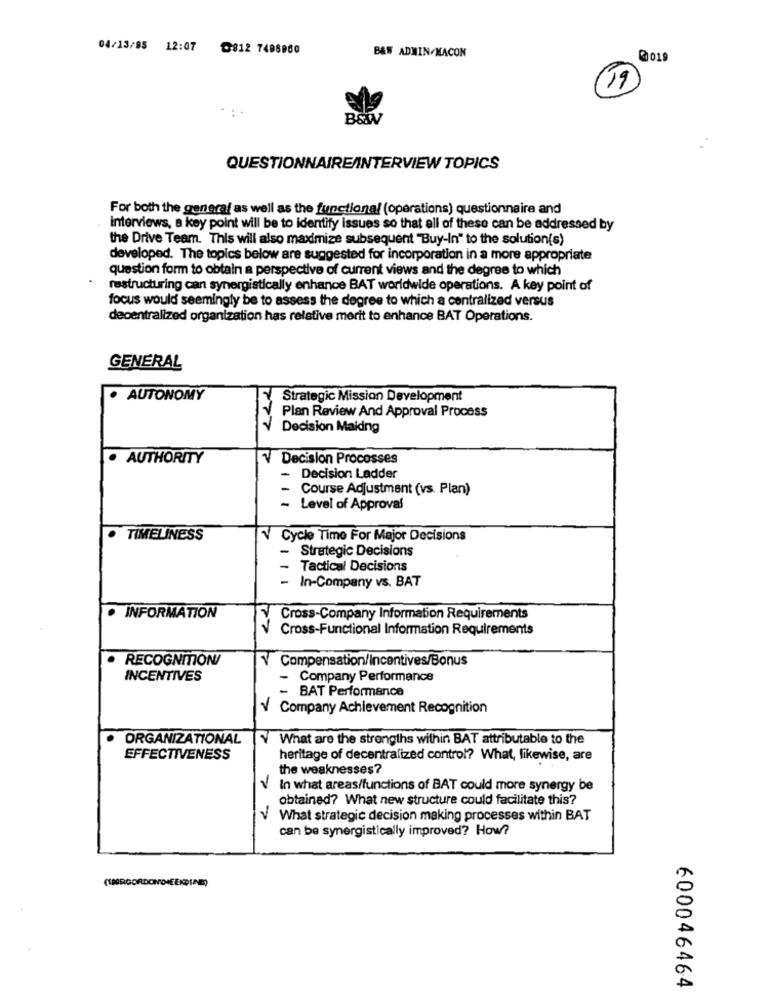
04/13/95 12:07 0812 7498960
B&W ADMIN/MACON
0019
11
B&W
QUESTIONNAIRE/INTERVIEW TOPICS
For both the general as well as the functional (operations) questionnaire and
interviews, a key point will be to identify issues so that all of these can be addressed by
the Drive Team. This will also maximize subsequent "Buy-In" to the solution(s)
developed. The topics below are suggested for incorporation in a more appropriate
question form to obtain a perspective of current views and the degree to which
restructuring can synergistically enhance BAT worldwide operations. A key point of
focus would seemingly be to assess the degree to which a centralized versus
decentralized organization has relative merit to enhance BAT Operations.
GENERAL
· AUTONOMY
Strategic Mission Development
Plan Review And Approval Process
Decision Maidng
· AUTHORITY
Decision Processes
Decision Ladder
Course Adjustment (vs. Plan)
- Level of Approval
· TIMELINESS
V Cycle Time For Major Decisions
- Strategic Decisions
- Tactical Decisions
- In-Company vs. BAT
· INFORMATION
Cross-Company Information Requirements
V Cross-Functional Information Requirements
RECOGNITION/
V Compensation/Incentives/Bonus
INCENTIVES
- Company Performance
- BAT Performance
V Company Achievement Recognition
ORGANIZATIONAL
V What are the strengths within BAT attributable to the
EFFECTIVENESS
heritage of decentralized control? What, likewise, are
the weaknesses?
V In what areas/functions of BAT could more synergy be
obtained? What new structure could facilitate this?
V What strategic decision making processes within BAT
can be synergistically improved? How?
600046464